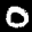
Label: 0